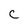
Character: c